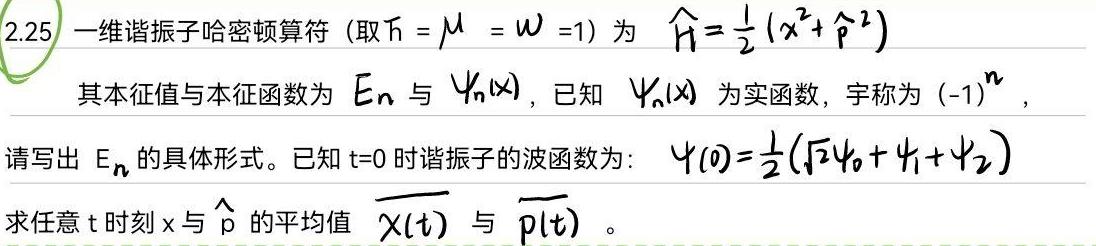
2.25 一维谐振子哈密顿算符（取$\hbar = \mu = \omega =1$）为 $\hat{H}=\frac{1}{2}(x^{2}+\hat{p}^{2})$
其本征值与本征函数为 $E_{n}$ 与 $\psi_{n}(x)$，已知 $\psi_{n}(x)$ 为实函数，宇称为 $(-1)^{n}$，
请写出 $E_{n}$ 的具体形式。已知 $t = 0$ 时谐振子的波函数为：$\psi(0)=\frac{1}{2}(\sqrt{2}\psi_{0}+\psi_{1}+\psi_{2})$
求任意 $t$ 时刻 $x$ 与 $\hat{p}$ 的平均值 $\overline{x}(t)$ 与 $\overline{p}(t)$。